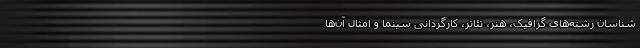
شناسان رشته‌های گرافیک، هنر، تئاتر، کارگردانی سینما و امثال ‌آن‌ها